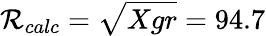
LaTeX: \mathcal{R}_{calc}=\sqrt{Xgr}=94.7